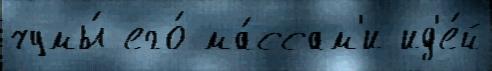
чумы́ его́ ма́ссам'и ид'е́й